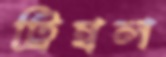
ট্রিম্বল